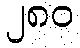
၂၈၀